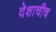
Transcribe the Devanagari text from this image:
देशाचीच